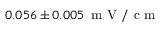
0 . 0 5 6 \pm 0 . 0 0 5 \, \mathrm { ~ m ~ V ~ / ~ c ~ m ~ }